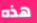
هذه